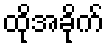
ထိုအခိုက်